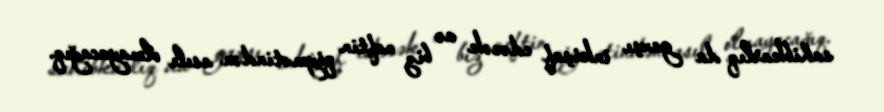
sahibkarlıq da yaxşı inkişaf edəcək və biz neftin qiymətindən asılı olmayacağıq.